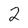
Character: 2